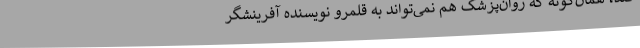
کند، همان‌گونه که روان‌پزشک هم نمی‌تواند به قلمرو نویسنده‌ آفرینشگر